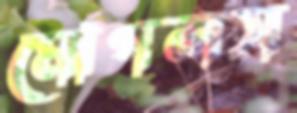
মোগলস